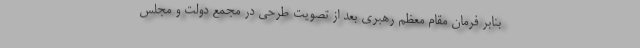
بنابر فرمان مقام معظم رهبری بعد از تصویت طرحی در مجمع دولت و مجلس